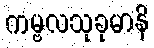
ကမ္ဗလသုခုမာနိ